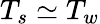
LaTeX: T_{s}\simeq T_{w}